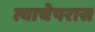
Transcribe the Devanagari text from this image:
त्याचेपरास